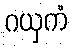
ဂယှကံ